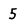
Character: 5